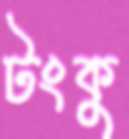
টংকু